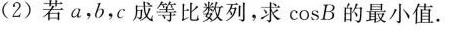
(2)若α，b，c成等比数列，求 \cos B的最小值。